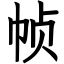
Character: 帧